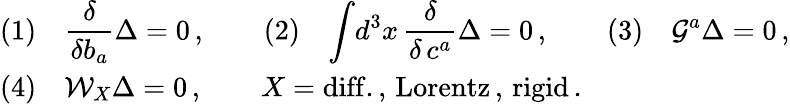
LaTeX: \begin{array}{l}{{(1)\quad{\displaystyle{\frac{\delta}{\delta b_{a}}}}\Delta=0\, ,\qquad(2)\quad\displaystyle{\int}d^{3}x\, {\displaystyle{\frac{\delta}{\delta\, c^{a}}}}\Delta=0\, ,\qquad(3)\quad{\cal G}^{a}\Delta=0\, ,}}\\ {{(4)\quad{\cal W}_{X}\Delta=0\, ,\qquad X=\mathrm{diff.,\, Lorentz\, ,\, rigid}\, .}}\end{array}